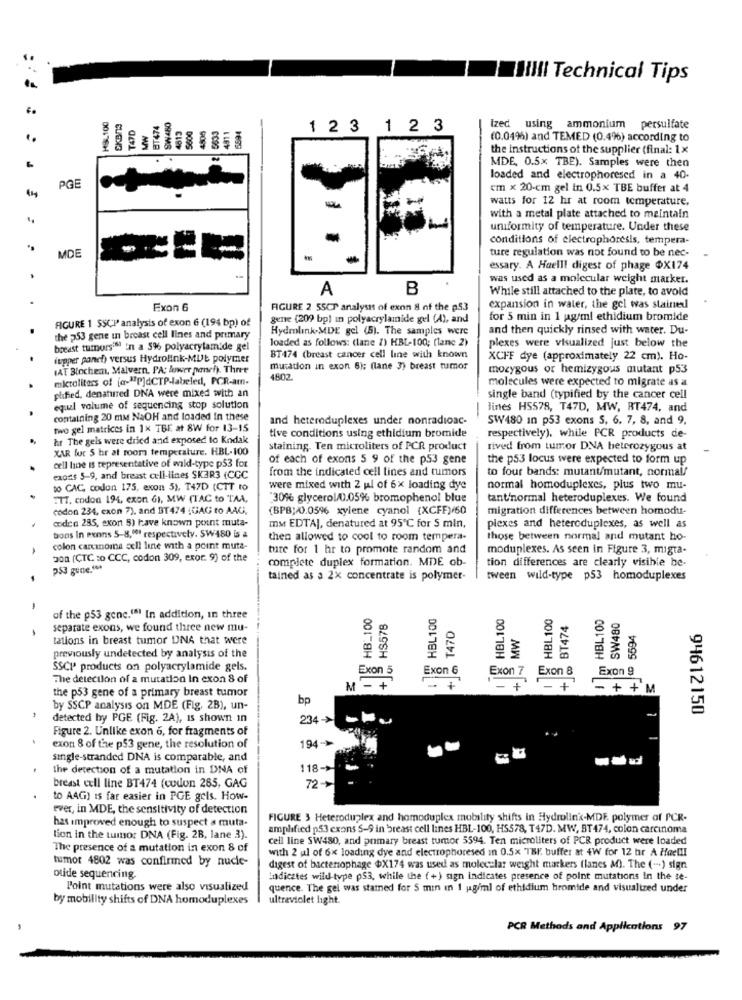
HIIII Technical Tips
SW480
HSL100
SKB/3
T47D
BT474
3633
MW
4813
5600
4505
491 1
123 123
ized using ammonium persulfate
(0.0496) and TEMED (0.4%) according to
the instructions ot the supplier (final: 1 x
MDE, 0.5x TBE). Samples were then
loaded and electrophoresed in a 40.
PGE
cm x 20-cm gel in 0.5x TBE buffer at 4
watts for 12 hr at room temperature,
with a metal plate attached to maintain
uniformity of temperature. Under these
conditions of electrophoresis, tempera-
ture regulation was not found to be nec-
MDE
essary. A Hoell! digest of phage @X174
was used as a molecular weight marker.
A
B
While still attached to the plate, to avoid
Exon 6
FIGURE 2 55CT analysis of exon 8 of the p53
expansion in water, the gel was stained
FIGURE 1 SSCP analysis of exon 6 (194 bp) of
gene (209 bp) in polyacrylamide gel (4), and
for 5 min in 1 pg/ml ethidium bromide
Hydrolink-MDE gel (5). The samples were
and then quickly rinsed with water. Du-
the 553 gene in breast cell lines and primary
loaded as follows: (lane 1) HBL-100; (lane 2)
plexes were visualized just below the
breast tumorsin in a 5% polyacrylamide gel
iupper panct) versus Hydrolink-MUL polymer
BT474 (breast cancer cell line with known
XCFF dye (approximately 22 cm). Ho-
WAT Blochem, Malvern, PA: lower panel). Three
mutation in exon 6); (lane 3) breast tumor
mozygous or hemizygous mutant p53
mictoliters of [a- P]dCTP-labeled, PCR-am-
4602
molecules were expected to migrate as a
pfified, denatured DNA were mixed with an
single band (typified by the cancer cell
equal volume of sequencing stop solution
lines HS578, T47D, MW, RT474, and
containing 20 mm NaOH and loaded In these
and heteroduplexes under nonradioac-
SW480 In p53 exons S, 6, 7, 8, and 9,
two gel matrices in 1x TBE at 8W for 13-15
tive conditions using ethidium bromide
hr The gels were dried and exposed to Kodak
respectively), while PCR products de-
XAR fur 5 hr at room temperature. HBL-100
staining. Ten microliters of PCR product
rived from tumor DNA heterozygous at
of each of exons 5 9 of the p53 gene
the p53 locus were expected to form up
cell line is representative of wild-type p53 for
from the indicated cell lines and tumors
to four bands: mutant/mutant, normal/
exons 5-9, and breast cell-lines SK3R3 (CCC
to CAC, codon 175, exon 5), T47D (CTT to
were mixed with 2 ul of 6x loading dye
normal homoduplexes, plus two mu-
TTT, codon 194, exon GI, MW (TAC to TAA,
"30% glycerol/0).05% bromophenol blue
tant'normal heteroduplexes. We found
codon 234, cxon 7), and BT474 :GAG to AAG,
(BPB)/0.056 xylene cyanol {XCFF)/60
migration differences between homodu-
coden 285, exon 5) have known point muta-
ms EDTA], denatured at 95'℃ for S min,
plexes and heteroduplexes, as well as
tions In Penns 5-8,00% respectively. SW480 is a
then allowed to cool to room tempera-
those between normal and mutant ho-
colon carcinoma celi line with a point muta-
ture for 1 hr to promote random and
moduplexes. As seen in Figure 3, migta-
200 (CTC :o CCC, codon 309, exor. 9) of the
complete duplex formation. MDE ob-
tion differences are clearly visible be-
253 gece."
tained as a 2x concentrate is polymer-
tween wild-type p53 homoduplexes
-
HB_100
HBL100
HBL100
HBL 100
m HBL100
-
of the p53 gene.""! In addition, in three
HS578
T47D
BT474
SW480
separate exons, we found three new mu-
5594
tations in breast tumor DNA that were
MW
previously undetected by analysis of the
SSCP' products on polyacrylamide gels.
Exon 5
Exon 6
Exon 7
Exon 8
Exon 9
The detection of a mutation In exon 8 of
T
the p53 gene of a primary breast tumor
M --
+
-
+
- +
= + + M
bp
44
by SSCP analysis on MDE (Fig. 2B), un-
94612150
detected hy PGE (Fig. 2A), Is shown in
234 ->
--
Figure 2. Unlike exon 6, for fragments of
194->
exon 8 of the p53 gene, the resolution of
-
single-stranded DNA is comparable, and
the detection of a mutation in DNA of
118->
breast cell line BT474 (cudon 285, GAG
72->
to A4G) is far easier in PGE gels. How-
ever, in MDE, the sensitivity of detection
has improved enough to suspect a muta-
FIGURE 3 Heteroduplex and homoduplex motality shifts in Hydrolink-MDE polymer of PCR-
amplified p53 cxons S-9 in breast cell lines HBL-100, H5578, T47D. MW, BT 474, colon carcinoma
tion in the tumor DNA (Fig. 2B, lane 3).
cell line SW480, and primary breast tumor 5594. Ten microliters of PCR product were loaded
The presence of a mutation in exon 8 of
with 2 ul of 6x loading dye and electrophoresed in 0.5x TBI. buffer at 4W for 12 hr A Heel !!
tumor 4802 was confirmed by nucle-
digest of bacteriophage $X174 was used as molecular weight markers (lanes AO). The (-) sign
otide sequencing.
Indicates wild-type p53, while the ( +) sign indicates presence of point mutations In the se-
Point mutations were also visualized
quence. The gel was statned for 5 min in I pg/ml of ethidium hromide and visualized under
by mobility shifts of DNA homoduplexes
ultraviolet light.
PCR Methods and Applications 97